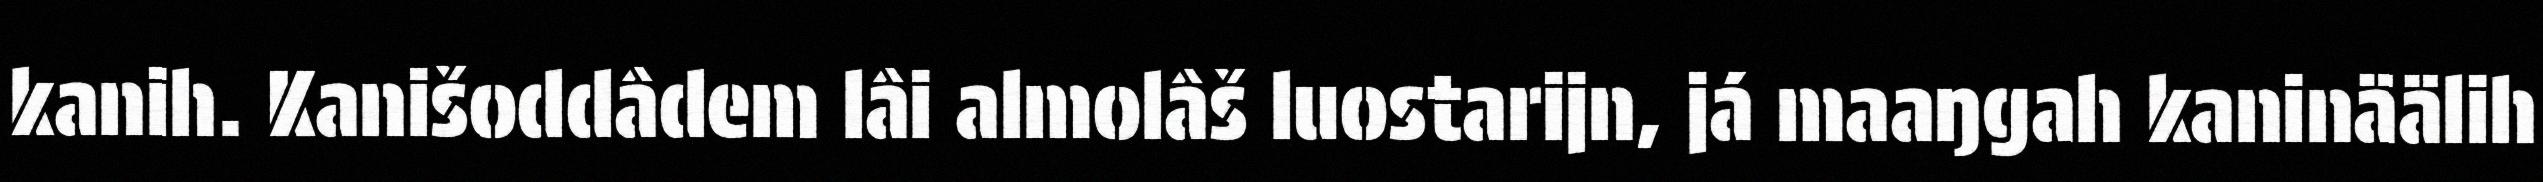
kanih. Kanišoddâdem lâi almolâš luostarijn, já maaŋgah kaninäälih